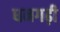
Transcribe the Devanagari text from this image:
धनगढ़ी